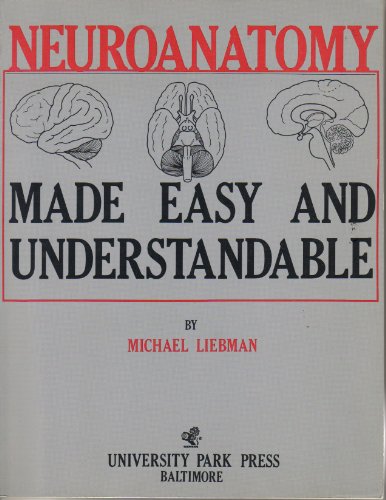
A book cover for Neuroanatomy made easy and understandable; Michael Liebman; Medical Books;